Vaccination in Bombay 1856-1862 - 1856-1862
Year: 1856
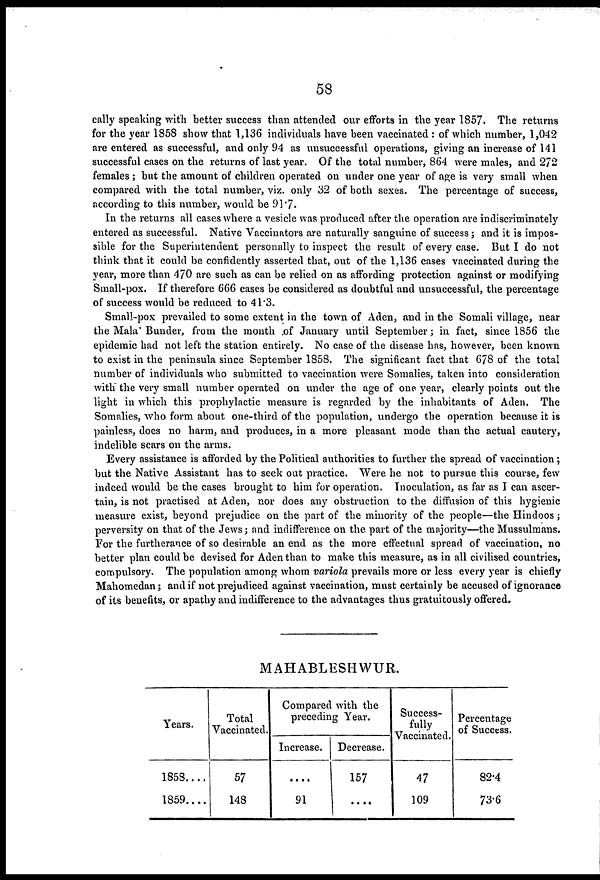
58
cally speaking with better success than attended our efforts in the year 1857. The returns
for the year 1858 show that 1,136 individuals have been vaccinated : of which number, 1,042
are entered as successful, and only 94 as unsuccessful operations, giving an increase of 141
successful cases on the returns of last year. Of the total number, 864 were males, and 272
females ; but the amount of children operated on under one year of age is very small when
compared with the total number, viz. only 32 of both sexes. The percentage of success,
according to this number, would be 91.7.
In the returns.all cases where a vesicle was produced after the operation are indiscriminately
entered as successful. Native Vaccinators are naturally sanguine of success; and it is impos-
sible for the Superintendent personally to inspect the result of every case. But I do not
think that it could be confidently asserted that, out of the 1,136 cases vaccinated during the
year, more than 470 are such as can be relied on as affording protection against or modifying
Small-pox. If therefore 666 cases be considered as doubtful and unsuccessful, the percentage
of success would be reduced to 41.3.
Small-pox prevailed to some extent in the town of Aden, and in the Somali village, near
the Mala Bunder, from the month of January until September; in fact, since 1856 the
epidemic had not left the station entirely. No case of the disease has, however, been known
to exist in the peninsula since September 1858. The significant fact that 678 of the total
number of individuals who submitted to vaccination were Somalies, taken into consideration
with" the very small number operated on under the age of one year, clearly points out the
light in which this prophylactic measure is regarded by the inhabitants of Aden. The
Somalies, who form about one-third of the population, undergo the operation because it is
painless, does no harm, and produces, in a more pleasant mode than the actual cautery,
indelible scars on the arms.
Every assistance is afforded by the Political authorities to further the spread of vaccination;
but the Native Assistant has to seek out practice. Were he not to pursue this course, few
indeed would be the cases brought to him for operation. Inoculation, as far as I can ascer-
tain, is not practised at Aden, nor does any obstruction to the diffusion of this hygienic
measure exist, beyond prejudice on the part of the minority of the people—the Hindoos;
perversity on that of the Jews; and indifference on the part of the majority—the Mussulmans.
For the furtherance of so desirable an end as the more effectual spread of vaccination, no
better plan could be devised for Aden than to make this measure, as in all civilised countries,
compulsory. The population among whom variola prevails more or less every year is chiefly
Mahomedan; and if not prejudiced against vaccination, must certainly be accused of ignorance
of its benefits, or apathy and indifference to the advantages thus gratuitously offered.
MAHABLESHWUR.
Years.
1858....
1859....
Total
Vaccinated.
57
148
Compared with the
preceding Year.
Increase.
....
91
Decrease.
157
....
Success-
fully
Vaccinated.
47
109
Percentage
of Success.
82.4
73.6